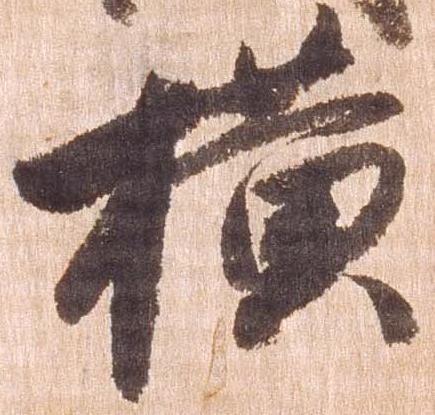
横